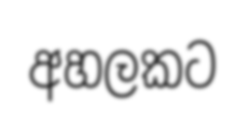
අහලකට